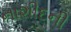
નાશીદની